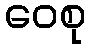
ဝေစု